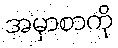
အမှာစာကို